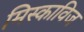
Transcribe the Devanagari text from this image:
मिस्काविज